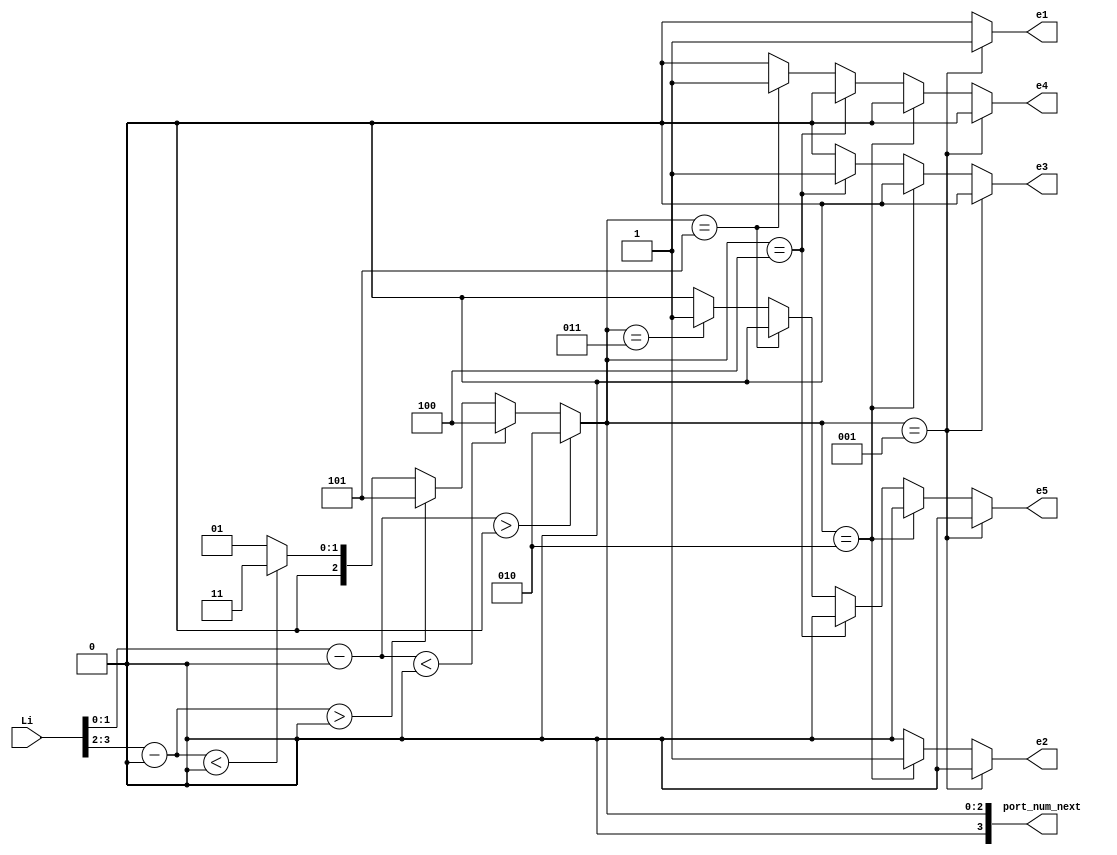
`timescale 1ns / 1ps
//////////////////////////////////////////////////////////////////////////////////
// Company: 
// Engineer: 
// 
// Design Name: 
// Module Name:    compute0 
// Project Name: 
// Target Devices: 
// Tool versions: 
// Description: 
//
// Dependencies: 
//
// Revision: 
// Revision 0.01 - File Created
// Additional Comments: 
//
//////////////////////////////////////////////////////////////////////////////////
module compute0( Li,port_num_next, e1,e2,e3,e4,e5
		); //,);

input wire[7:0] Li;
//output [3:0] Lo, Eo, Wo, No, So;
output [3:0] port_num_next;
wire [3:0]  Lo, Eo, Wo, No, So;
output reg e1,e2,e3,e4,e5;

  assign Lo    =        3'd1;  
assign Eo  =          3'd2;
   assign No    =        3'd3;  
    assign Wo    =        3'd4;  
  assign So   =         3'd5;  
   //assign HDR_FLIT =  2'b10;
 //  assign BODY_FLIT = 2'b00;
  // assign  TAIL_FLIT = 2'b01;
	 
	localparam X_NODE_NUM                    =    4;
   localparam Y_NODE_NUM                    =    4;
   localparam X_NODE_NUM_WIDTH            =    2;
   localparam Y_NODE_NUM_WIDTH            =    2;
	localparam X_S_Adress                  = 0;
	localparam Y_S_Adress                  = 0;
	
	// input   
	wire  [X_NODE_NUM_WIDTH-1        :0]    dest_x_node_in;
//    input  
	wire   [Y_NODE_NUM_WIDTH-1        :0]    dest_y_node_in;
	//output    [3:0]    port_num_out;
	reg [3:0]    port_num_next;
    
	  wire signed [X_NODE_NUM_WIDTH        :0] xc;//current
    wire signed [X_NODE_NUM_WIDTH        :0] xd;//destination
    wire signed [Y_NODE_NUM_WIDTH        :0] yc;//current
    wire signed [Y_NODE_NUM_WIDTH        :0] yd;//destination
    wire signed [X_NODE_NUM_WIDTH        :0] xdiff;
    wire signed [Y_NODE_NUM_WIDTH        :0] ydiff;
    
	 assign dest_x_node_in=Li[1:0];
	 assign dest_y_node_in=Li[3:2];
	 
    assign     xc     =X_S_Adress [X_NODE_NUM_WIDTH-1        :0];
    assign     yc     =Y_S_Adress[Y_NODE_NUM_WIDTH-1        :0];
    assign    xd        =dest_x_node_in;
    assign    yd     = dest_y_node_in;
    assign     xdiff    = xd-xc;
    assign    ydiff    = yd-yc;
    
	 
    
    always@(*)begin
    /* // port_num_next    = Lo;
           if                (xdiff    >  1)        port_num_next    = Eo;
         else if        (xdiff    < -1)        port_num_next    = Wo;
            else if        (xdiff    ==    1 || xdiff    ==    -1     )
			begin
                if            (ydiff    >= 1)        port_num_next    = So;
                else if     (ydiff    ==    0)        port_num_next    = Lo;
                else                                 port_num_next    = No;
           end  // xdiff    ==    1 || xdiff    ==    -1     
            else begin //xdiff ==0
              if            (ydiff    >    1)        port_num_next    = So;
                else if    (ydiff    ==    1)        port_num_next    = Lo;
            //   else if    (ydiff    ==-1)        port_num_next    = L;
                else if    (ydiff    <= -1)        port_num_next    = No;
               else                                 port_num_next    = Lo; //xdiff ==0
          end //else
   end */
	 
	 port_num_next    = Lo;
	// port_num_next	= LOCAL;
			if				(xdiff	> 0)		port_num_next	= Eo;
			else if		(xdiff	< 0)		port_num_next	= Wo;
			else begin
				if			(ydiff	> 0)		port_num_next	= So;
				else if 	(ydiff	< 0)		port_num_next	= No;
			end 
        $display("Data from R0 local Port to  output port %d, %d",   port_num_next, $time);
    end
	 //assign    port_num_out= port_num_next;
	 always@(*)begin
	 if(port_num_next== Lo)  begin 
	 e1=1; 
	 e2=0;
	 e3=0;
	 e4=0;
	 e5=0;
	 end
	else if (port_num_next== Eo) begin e1=0; 
	 e2=1;
	 e3=0;
	 e4=0;
	 e5=0;
	 end
	else if (port_num_next==Wo) 
	begin 
	 e1=0; 
	 e2=0;
	 e3=1;
	 e4=0;
	 e5=0;
	 end
	else if(port_num_next==So) begin e1=0; 
	 e2=0;
	 e3=0;
	 e4=1;
	 e5=0;
	 end
 else    if(port_num_next==No)   begin e1=0; 
	 e2=0;
	 e3=0;
	 e4=0;
	 e5=1;
 end
 else begin e1=0; 
	 e2=0;
	 e3=0;
	 e4=0;
	 e5=0;
 end 
 end 


endmodule